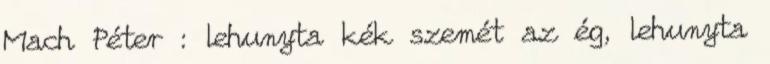
Mach Péter : lehunyta kék szemét az ég, lehunyta